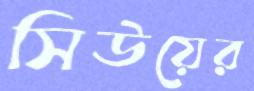
সিউয়ের